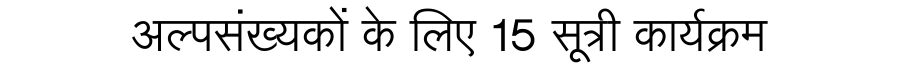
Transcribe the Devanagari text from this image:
अल्पसंख्यकों के लिए 15 सूत्री कार्यक्रम